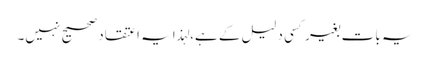
یہ بات بغیر کسی دلیل کے ہے،لہذا یہ اعتقاد صحیح نہیں۔